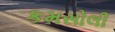
કમસોલી